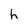
Character: h